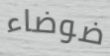
ضوضاء